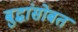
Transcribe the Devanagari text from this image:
बुद्धांसोबत